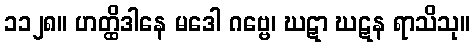
၁၁၂၈။ ဟတ္ထိဒါနေ မဒေါ ဂဗ္ဗေ၊ ဃဋာ ဃဋန ရာသိသု။